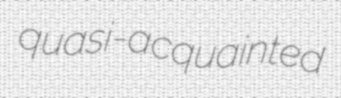
quasi-acquainted